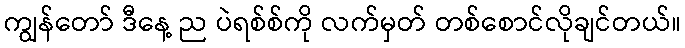
ကျွန်တော် ဒီနေ့ ည ပဲရစ်စ်ကို လက်မှတ် တစ်စောင်လိုချင်တယ်။